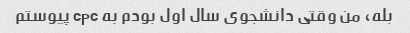
بله، من وقتی دانشجوی سال اول بودم به cpc پیوستم